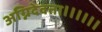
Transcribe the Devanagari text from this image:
अग्निदेवता।।।।।।